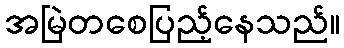
အမြဲတစေပြည့်နေသည်။